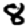
Digit: 8